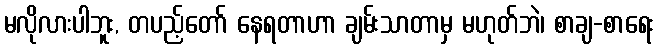
မလိုလားပါဘူး, တပည့်တော် နေရတာဟာ ချမ်းသာတာမှ မဟုတ်ဘဲ၊ စာချ-စာရေး